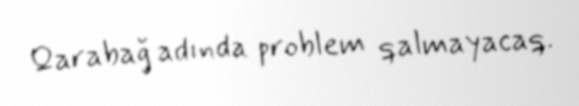
Qarabağ adında problem qalmayacaq.